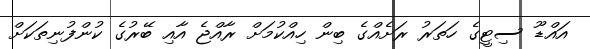
އައްޑޫ ސިޓީގެ ހަތަރު ރަށެއްގެ ބިން ހިއްކުމަށް ރާއްޖެ އާއި ބޭރުގެ ކުންފުނިތަކަށް